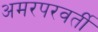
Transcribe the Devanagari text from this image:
अमरपरवर्ती